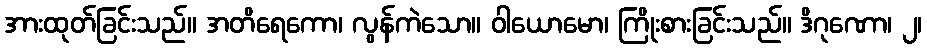
အားထုတ်ခြင်းသည်။ အတိရေကော၊ လွန်ကဲသော။ ဝါယောမော၊ ကြိုးစားခြင်းသည်။ ဒိဂုဏော၊ ၂၊